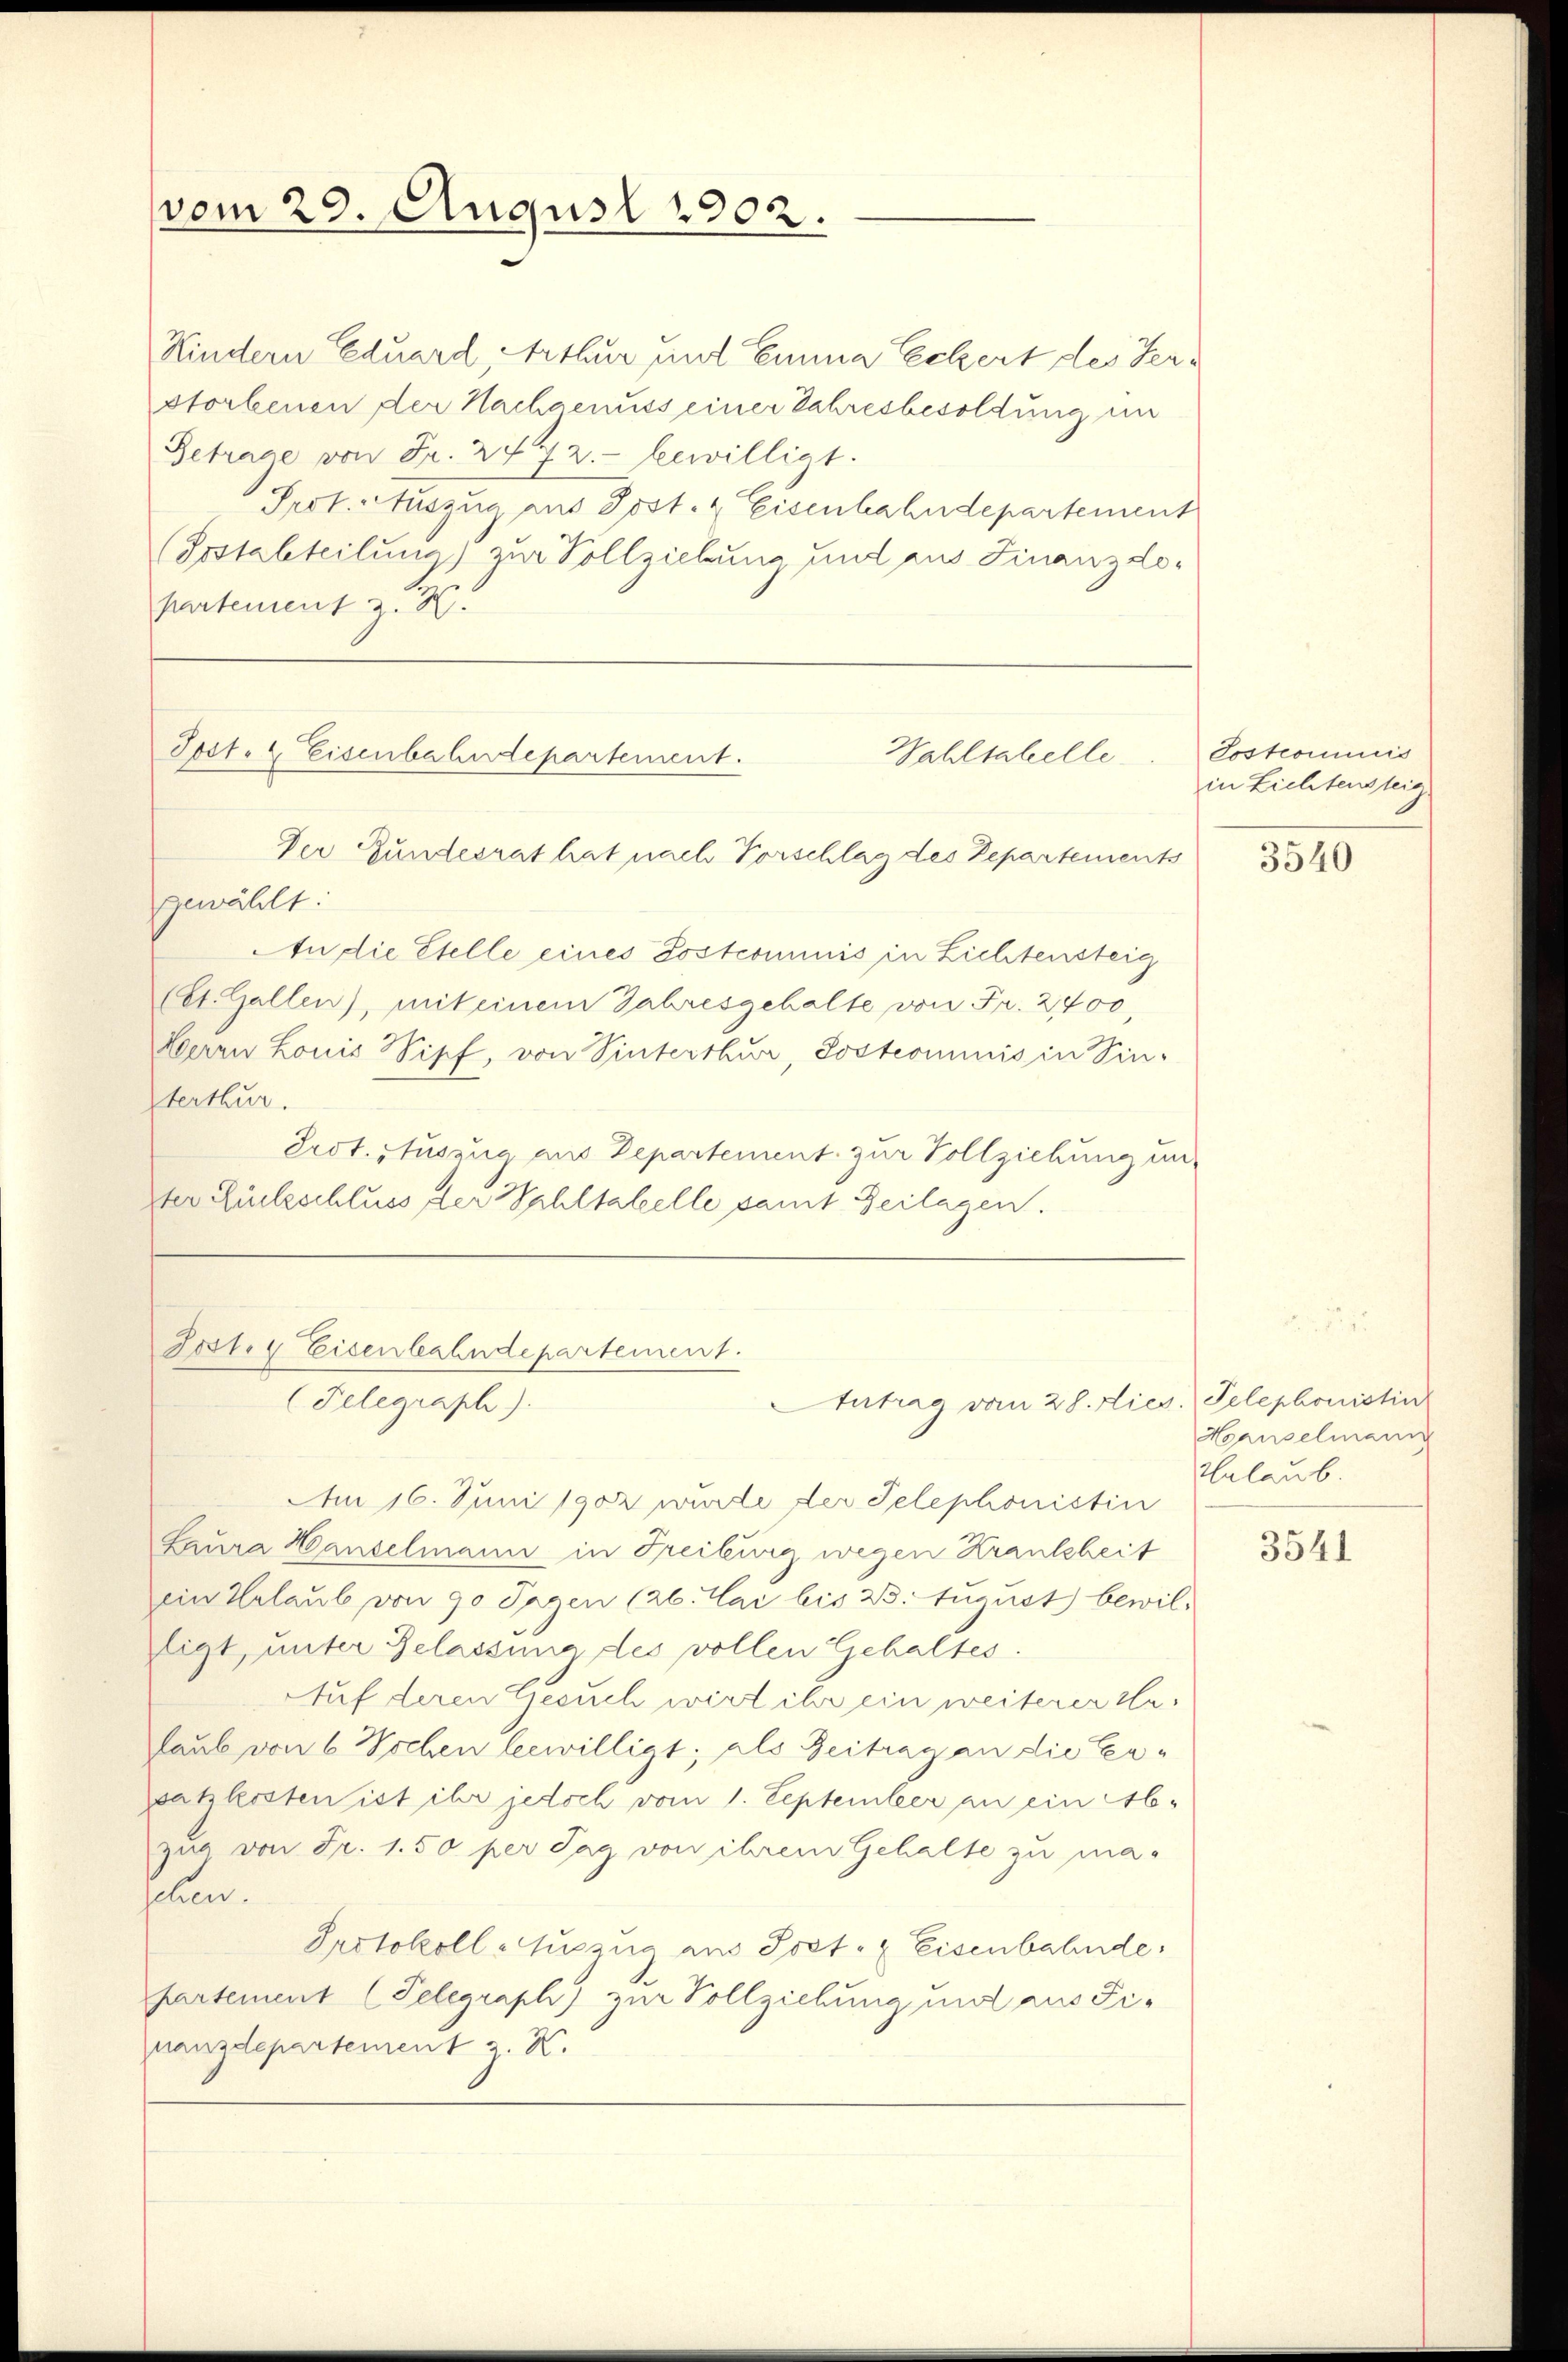
vom 29. August 1902.

Kindern Eduard, Arthur und Emma Eckert des Verstorbenen der Nachgenuss einer Jahresbesoldung im
Betrage von Fr. 2472.- bewilligt.
Prot. Auszug aus Post- & Eisenbahndepartement
(Postabteilung) zur Vollziehung und aus Finanzdopartement z. B.

Tost- & Eisenbahndepartement.

Der Gundesrat hat nach Vorschlag des Departements
gewählt:
tn die Etelle eines Postcommis in Lichtensteig
(St. Gallen), mit einem Jahresgehalte von Fr. 2700,
Herrn Louis Wipf, von Sinterthur, Jostcominis in Sin-
sterthur.
Sest. Auszug aus Departement zur Vollziehung un
ter Rückschluss der Wahltabelle samt Zeilagen.

Wahltahelle

Tost. Eisenbahndepartement.
Antrag vom 28. Dies. Telephonistin
(Telegraph).

Am 16. Juni 1902 wurde der Telephonistin
Laura Hanselmann in Freiburg wegen Krankheit
ein Urlaub von 90 Tagen (26. Mai bis 23. August bewil-
zligt, unter Belassung des vollen Gehaltes
Auf deren Gesuch wird ihr ein weiterer cla¬
Laub von 6 Wochen bewilligt; als Beitrag an die Erzatzkosten ist ihr jedoch vom 1. September an ein Ab-
zur von Fr. 1.50 per Tag von ihrem Gehalte zu ma-
sehen.
Protokoll-Auszug aus Post- & Eisenbahnde
partement (Telegraph) zur Vollziehung und aus Finanzdepartement z. K.

Tostcommis
in Lichtensteig

3540

Hanselmann
Erlaub.

3541